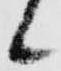
候